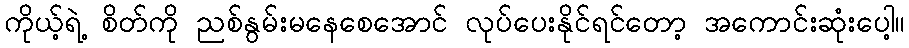
ကိုယ့်ရဲ့ စိတ်ကို ညစ်နွမ်းမနေစေအောင် လုပ်ပေးနိုင်ရင်တော့ အကောင်းဆုံးပေါ့။